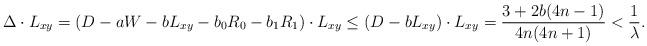
LaTeX: \begin{align*}\Delta\cdot L_{xy}=\left( D-aW-bL_{xy}-b_0R_0-b_1R_1\right)\cdot L_{xy}\leq\left( D-bL_{xy}\right)\cdot L_{xy} =\frac{3+2b(4n-1)}{4n(4n+1)}<\frac{1}{\lambda}.\end{align*}